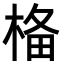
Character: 𣓂